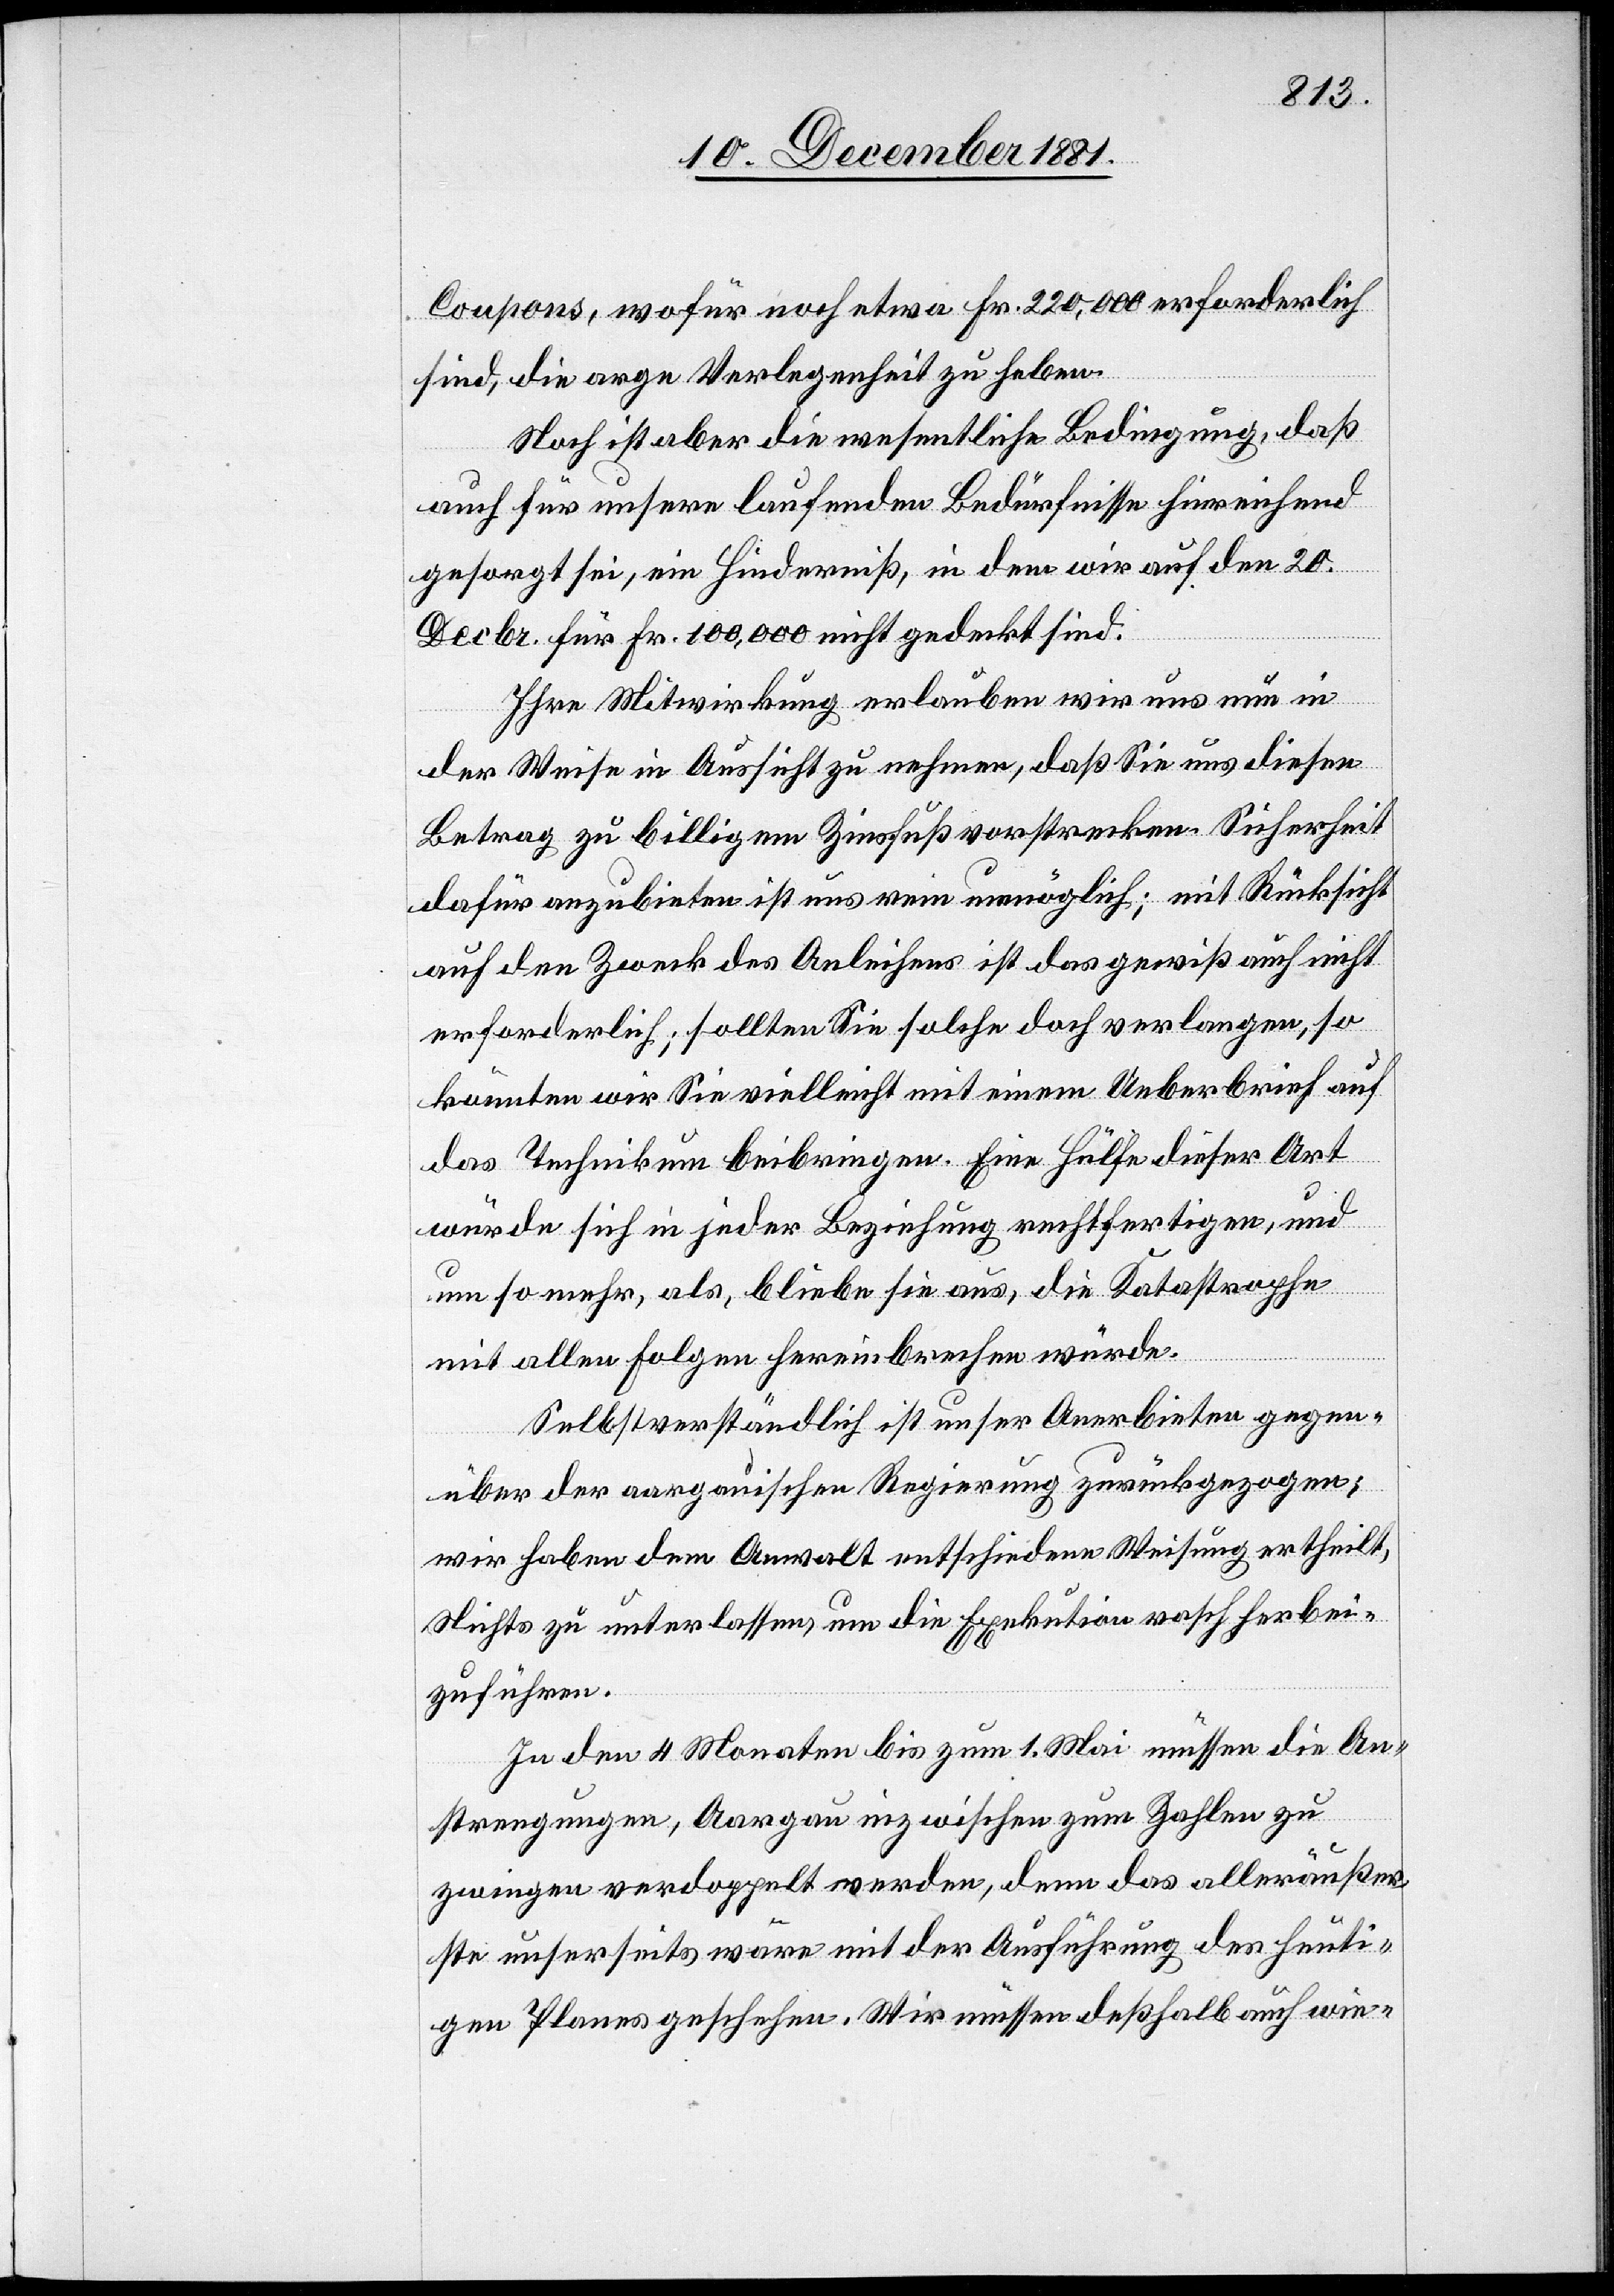
Coupons, wofür noch etwa Fr. 220,000 erforderlich
sind, die arge Verlegenheit zu heben.
Noch ist aber die wesentliche Bedingung, daß
auch für unsere laufenden Bedürfnisse hinreichend
gesorgt sei, ein Hinderniß, in dem wir auf den 20.
Decbr. für Fr. 100,000 nicht gedeckt sind.
Ihre Mitwirkung erlauben wir uns nun in
der Weise in Aussicht zu nehmen, daß Sie uns diesen
Betrag zu billigem Zinsfuß vorstrecken. Sicherheit
dafür anzubieten ist uns rein unmöglich; mit Rücksicht
auf den Zweck des Anleihens ist das gewiß auch nicht
erforderlich; sollten Sie solche doch verlangen, so
könnten wir Sie vielleicht mit einem Ueberbrief auf
das Technikum beibringen. Eine Hülfe dieser Art
würde sich in jeder Beziehung rechtfertigen, und
um so mehr, als, bliebe sie aus, die Katastrophe
mit allen Folgen hereinbrechen würde.
Selbstverständlich ist unser Anerbieten gegen¬
über der aargauischen Regierung zurückgezogen;
wir haben dem Anwalt entschiedene Weisung ertheilt,
[sic!] zu unterlassen, um die Exekution rasch herbei¬
zuführen.
In den 4 Monaten bis zum 1. Mai müssen die An¬
strengungen, Aargau inzwischen zum Zahlen zu
zwingen verdoppelt werden, denn das alleräußer¬
ste unserseits wäre mit der Ausführung des heuti¬
gen Planes geschehen. Wir müssen deßhalb auch wie-